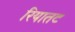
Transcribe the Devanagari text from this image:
रियातट